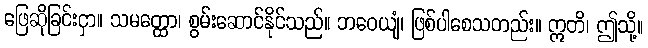
ဖြေဆိုခြင်းငှာ။ သမတ္ထော၊ စွမ်းဆောင်နိုင်သည်။ ဘဝေယျံ၊ ဖြစ်ပါစေသတည်း။ ဣတိ၊ ဤသို့။